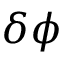
\delta \phi